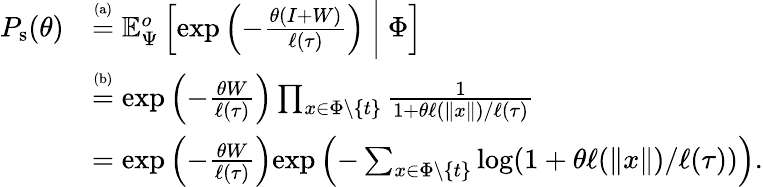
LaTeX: \begin{array}{rl}{P_{\mathrm{s}}(\theta)}&{\stackrel{\mathrm{\scriptsize(a)}}{=}\mathbb{E}_{\Psi}^{o}\left[\exp\left(-\frac{\theta\left(I+W\right)}{\ell(\tau)}\right)~\bigg|~\Phi\right]}\\ &{\stackrel{\mathrm{\scriptsize(b)}}{=}{\exp\left(-\frac{\theta W}{\ell(\tau)}\right)}\prod_{x\in\Phi\setminus\{ t\} }\frac{1}{1+\theta\ell(\| x\| )/\ell(\tau)}}\\ &{={\exp\left(-\frac{\theta W}{\ell(\tau)}\right)}{\exp\left(-\sum_{x\in\Phi\setminus\{ t\} }\log(1+\theta\ell(\| x\| )/\ell(\tau))\right)}.}\end{array}